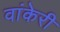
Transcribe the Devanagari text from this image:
वांकेरी